Vaccination returns of the Province of Eastern Bengal and Assam - 1905-1912
Year: 1905
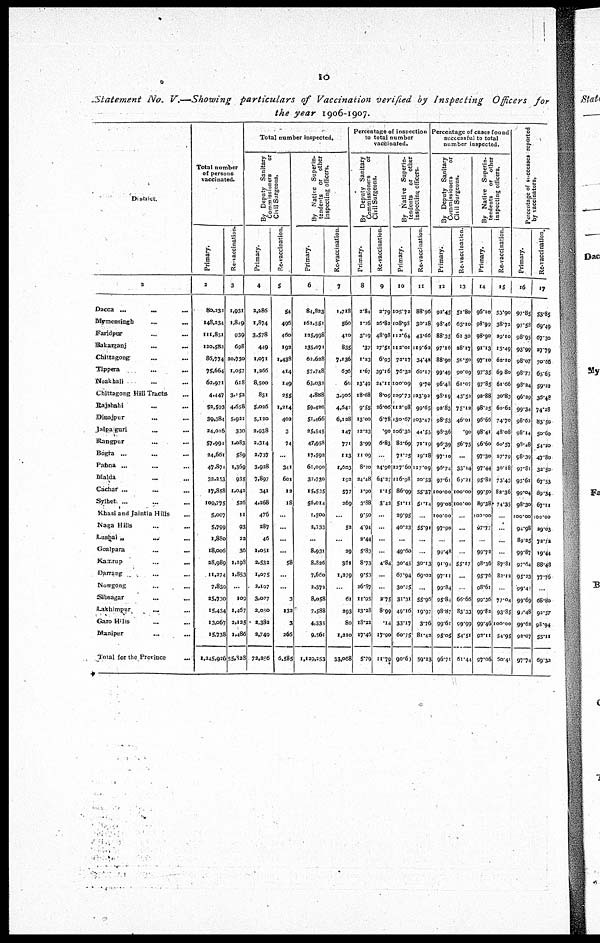
10
Statement No. V.—Showing particulars
of Vaccination verified by Inspecting
Officers for
the year 1906-1907.
District.
1
Dacca...
...
...
Mymensingh...
...
...
Faridpur... ...
Bakarganj...
...
Chittagong...
...
...
Tippera... ... ...
Noakhali...
...
Chittagong Hill Tracts... ...
Rajshahi... ...
Dinajpur...
...
Jalpaiguri... ...
Kangpur... ...
Bogra... ... ...
Pabna... ... ...
Malda... ...
Cachar... ...
Sylhet ... ...
Khasi and Jaintia Hills...
Naga Hills... ...
Lushai „ ... ... ...
Goalpara... ... ...
Kamrup...
...
...
Darrang... ...
Nowgong... ...
Sibsagar... ...
Lakhimpur...
...
Garo Hills... ...
Manipur... ...
Total for the Province
...
Total number
of persons
vaccinated.
Primary.
2
80,232
148,234
111,851
120,582
86,774
75,664
62,971
4,447
52,593
39,384
24,016
57,994
24,661
47,874
33,253
17,858
109,775
5,007
5,799
1,880
18,006
28,989
11,274
7,839
25,730
15,434
13,067
15,738
l,245,926
Re-vaccination.
3
1,931
1,849
939
698
30,730
1,057
618
3,152
4,658
5,922
330
1,083
589
1,369
935
1,042
526
11
93
22
36
1,198
1,853
...
109
1,467
2,125
1,486
55,328
Total number Inspected.
By Deputy Sanitary
Commissioners
or
Civil Surgeons.
Primary.
4
2,286
1,874
3,578
449
1,071
1,266
8,500
831
5,026
5,120
2,938
2,314
2,737
3,928
7,897
341
4,268
476
287
46
1,051
2,532
1,075
2,107
3,077
2,050
2,382
2,749
72,256
Re-vaccination.
5
54
496
460
192
1,438
414
149
255
1,214
402
3
74
...
341
601
12
18
...
...
...
...
58
...
...
...
132
3
266
6,585
By Native Superin-
tendents
or other
inspecting officers.
Primary.
6
84,823
161,551
125,998
135,071
62,628
57,748
63,032
4,888
59,420
51,466
25,545
47,958
17,592
61,090
37,730
15,535
56,014
1,500
2,333
...
8,931
8,826
7,660
2,372
8,058
7,588
4,335
9,561
1,129,253
Re-vaccination.
7
1,718
560
410
835
7,136
636
60
3,905
4,642
6,128
147
771
113
1,603
192
577
269
...
52
...
29
361
1,279
...
61
293
80
1,210
33,068
Percentage of inspection
to total number
vaccinated.
By Deputy Sanitary
Commissioners
or
Civil Surgeons.
Primary.
8
2.84
1.26
3.19
.37
1.23
1.67
13.49
18.68
9.55
13.00
13.23
3.99
11.09
8.20
24.48
1.90
3.88
9.50
4.94
2.44
5.83
8.73
9.53
26.87
11.95
13.38
18.22
17.46
5.79
Re-vaccination.
9
2.79
26.82
48.98
27.51
6.03
39.16
24.11
8.09
26.06
6.78
.90
6.83
...
24.90
64.27
1.15
3.42
...
...
...
...
4.84
...
...
2.75
8.99
.14
17.90
11.79
By Native Superin-
tendents
or other
inspecting officers.
Primary.
10
105.72
108.98
112.64
112.01
73.17
76.32
100.09
109.73
112.98
130.67
106.30
82.69
71.25
127.60
116.98
86.99
51.11
29.95
40.23
...
49.60
30.45
67.94
30.25
31.31
49.16
33.17
60.75
90.63
Re-vaccination.
11
88.96
30.28
43.66
119.62
34.42
60.17
9.70
123.92
99.65
103.47
44.55
71.19
19.18
117.09
20.53
55.37
51.14
...
55.91
...
...
30.13
69.02
...
55.96
19.97
3.76
81.49
59.23
Percentage of cases found
successful to total
number inspected.
By Deputy Sanitary
Commissioners
or
Civil Surgeons.
Primary.
12
92.45
98.46
88.35
97.16
88.90
99.49
96.43
93.19
92.83
98.53
98.36
96.39
97.10
96.74
97.61
100.00
99.08
100.00
97.90
..
99.48
91.94
97.11
99.84
95.84
98.87
99.61
95.05
96.71
Re-vaccination.
13
51.80
63.10
61.30
28.17
56.50
90.09
61.07
43.52
75.12
46.01
.90
56.75
...
33.14
69.21
100.00
100.00
...
...
...
...
55.17
...
...
66.66
83.33
99.99
54.51
61.44
By Native Superin-
tendents
or other
inspecting officers.
Primary.
14
96.10
98.99
98.90
91.13
97.10
97.35
97.85
92.88
98.25
96.66
98.41
96.60
97.30
97.44
95.82
99.50
89.38
100.00
97.77
...
99.72
98.36
95.76
98.61
99.36
99.82
99.46
93.11
97.06
Re-vaccination.
15
53.90
38.72
29.10
15.49
62.10
69.80
61.66
30.83
60.62
74.70
48.08
60.57
27.79
30.18
73.43
82.36
74.35
...
...
...
...
87.81
82.12
...
77.04
93.85
100.00
54.95
60.41
Percentage of successes reported
by vaccinators.
Primary.
16
97.85
97.58
98.95
93.99
98.07
98.77
98.24
96.29
99.34
98.62
98.14
98.48
98.39
97.81
95.61
99.04
98.30
100.00
94.98
89.25
99.87
97.64
95.23
99.45
99.69
99.48
99.62
92.07
97.74
Re-vaccination
17
53.85
69.49
67.30
27.79
70.66
65.65
59.22
36.48
74.28
83.50
50.60
54.20
47.80
32.50
67.53
89.34
67.11
100.00
29.03
72.72
19.44
88.48
77.76
...
68.80
92.57
98.94
55.11
69.32